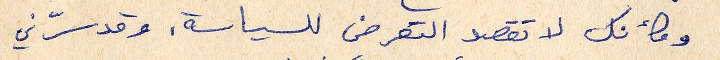
وكأنك لا تقصد التعرض للسياسة. وقد سرّني